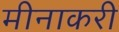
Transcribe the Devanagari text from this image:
मीनाकरी